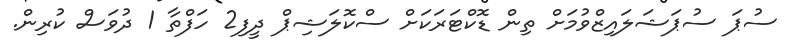
ސުޕަ ސުޕަޝަލައިޒްވުމަށް ތިން ޑޮކްޓަރަކަށް ސްކޮލަޝިޕް ދީފި2 ހަފްތާ 1 ދުވަސް ކުރިން.